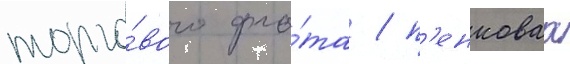
торго́вого фло́та / п'енковаа